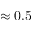
\approx 0 . 5